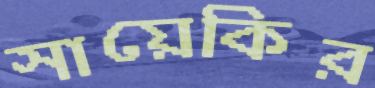
সায়েকির